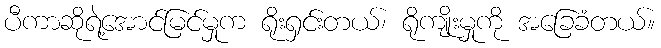
ပီကာဆိုရဲ့အောင်မြင်မှုက ရိုးရှင်းတယ်၊ ရိုကျိုးမှုကို အခြေခံတယ်။